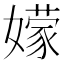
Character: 𭒣